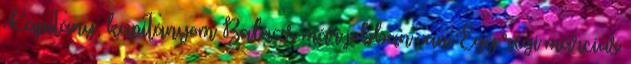
Kapitány, kapitányom Balázs már jobban van Egy régi március